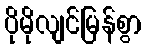
ပိုမိုလျင်မြန်စွာ